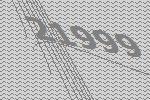
21999